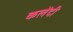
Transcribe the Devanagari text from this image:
कलेंदी